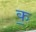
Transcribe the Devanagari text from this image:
क॒